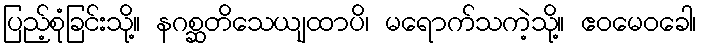
ပြည့်စုံခြင်းသို့။ နဂစ္ဆတိသေယျထာပိ၊ မရောက်သကဲ့သို့။ ဧဝမေဝခေါ၊